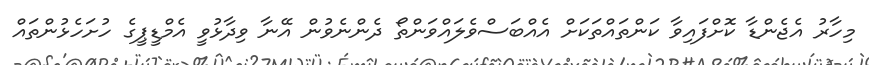
މިހާރު އެޖެންޑާ ކޮށްފައިވާ ކަންތައްތަކަށް އެއްބަސްވެލައްވަންތޯ ދެންނެވުން އޭނާ ވިދާޅުވީ އެމްޑީޕީގެ ހުށަހެޅުންތައް